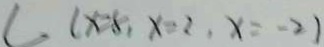
L ( x = 8 , x = 2 , x = - 2 )